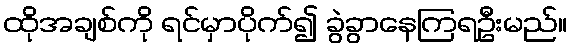
ထိုအချစ်ကို ရင်မှာပိုက်၍ ခွဲခွာနေကြရဦးမည်။